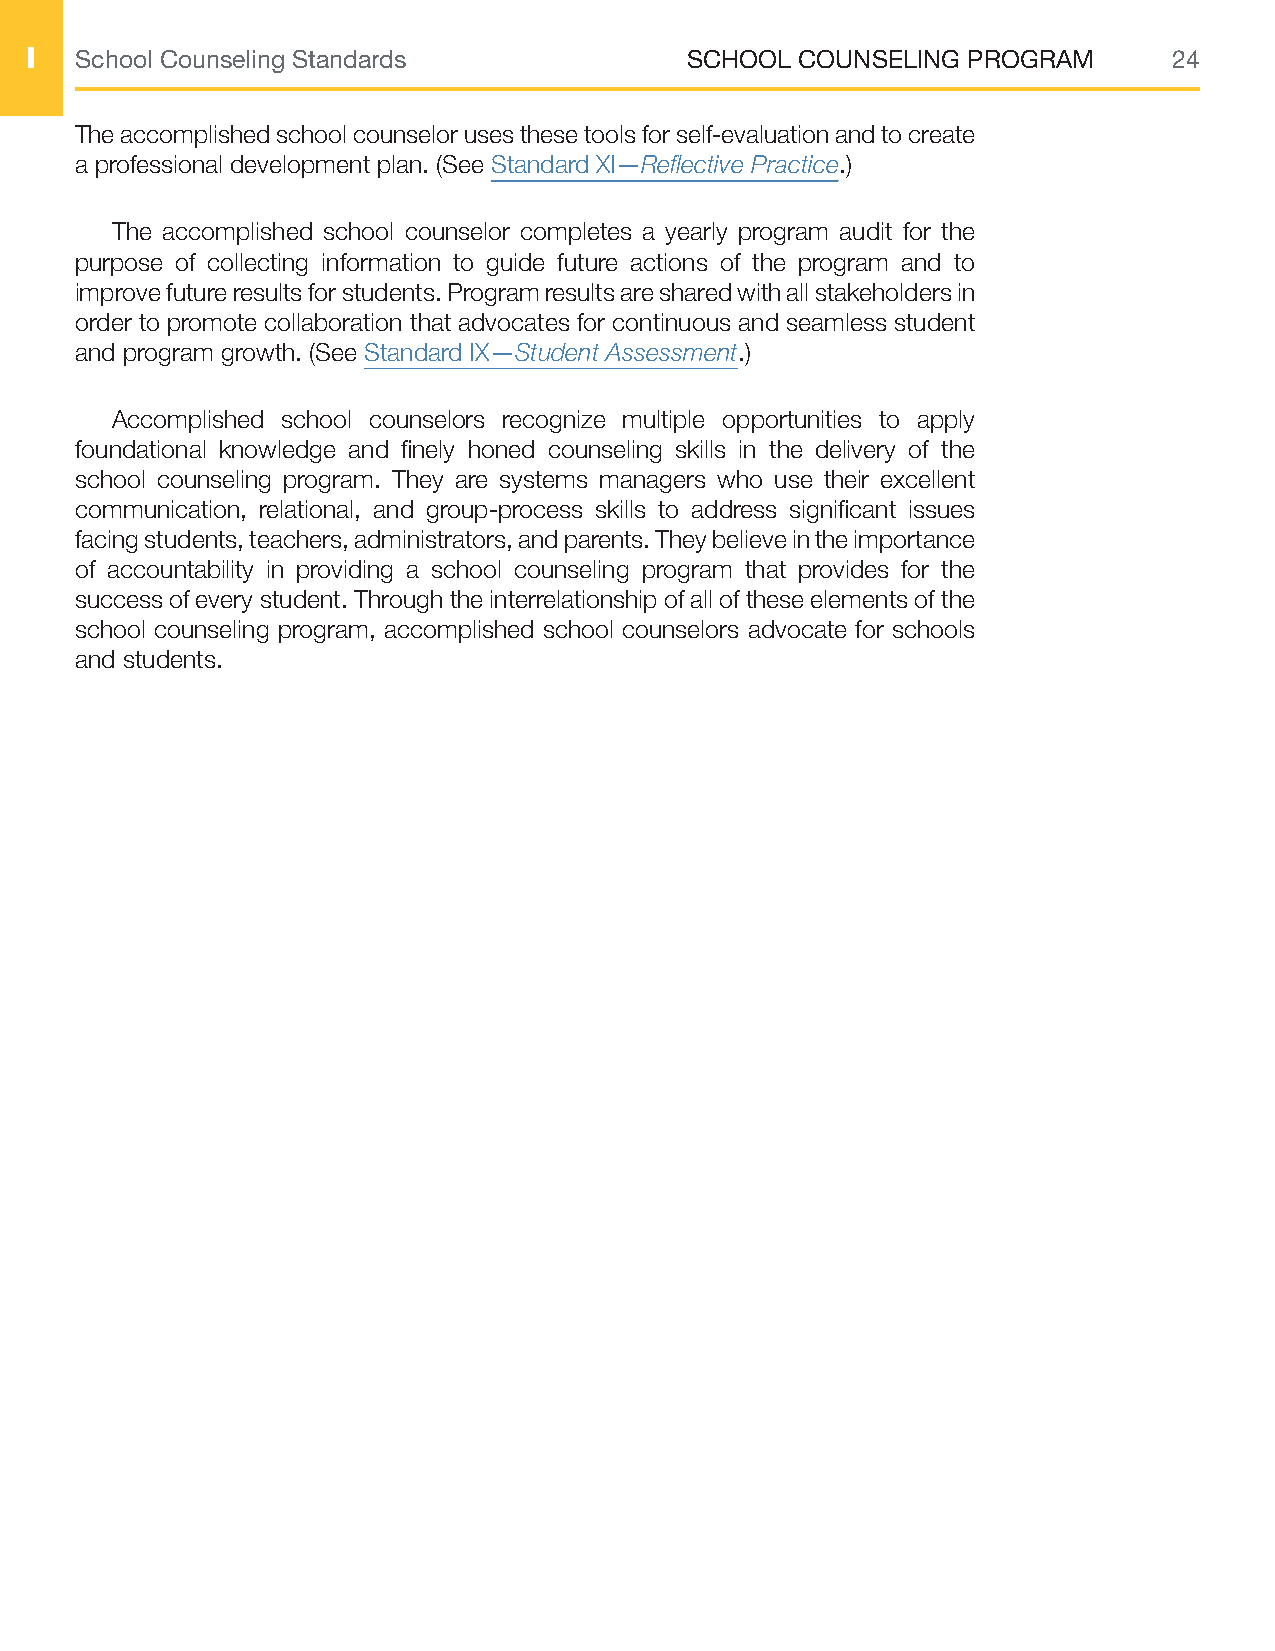
I  School Counseling Standards             SCHOOL  COUNSELING PROGRAM       24
 The accomplished school counselor uses these tools for self-evaluation and to create
 a professional development plan. (See Standard XI—Reflective Practice.)
 The accomplished school counselor completes a yearly program audit for the
 purpose of collecting information to guide future actions of the program and to
 improve future results for students. Program results are shared with all stakeholders in
 order to promote collaboration that advocates for continuous and seamless student
 and program growth. (See Standard IX—Student Assessment.)
 Accomplished school counselors recognize multiple opportunities to apply
 foundational knowledge and finely honed counseling skills in the delivery of the
 school counseling program. They are systems managers who use their excellent
 communication, relational, and group-process skills to address significant issues
 facing students, teachers, administrators, and parents. They believe in the importance
 of accountability in providing a school counseling program that provides for the
 success of every student. Through the interrelationship of all of these elements of the
 school counseling program, accomplished school counselors advocate for schools
 and students.